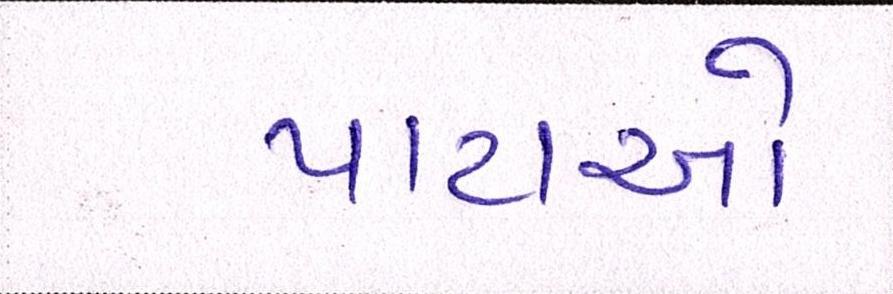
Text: પાટાઓ